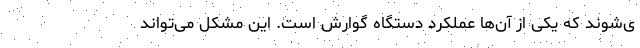
ی‌شوند که یکی از آن‌ها عملکرد دستگاه گوارش است. این مشکل می‌تواند